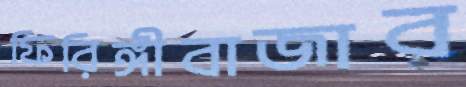
ফিরিঙ্গীবাজার